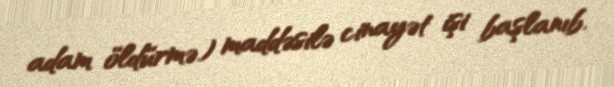
adam öldürmə) maddəsilə cinayət işi başlanıb.